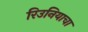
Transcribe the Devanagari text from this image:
रिउनियाचा